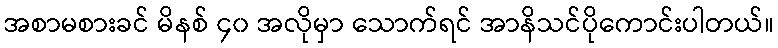
အစာမစားခင် မိနစ် ၄၀ အလိုမှာ သောက်ရင် အာနိသင်ပိုကောင်းပါတယ်။